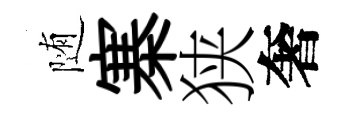
随寨狭奢